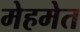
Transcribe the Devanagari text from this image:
मेहमेत